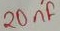
Text: 20nF